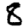
Digit: 8